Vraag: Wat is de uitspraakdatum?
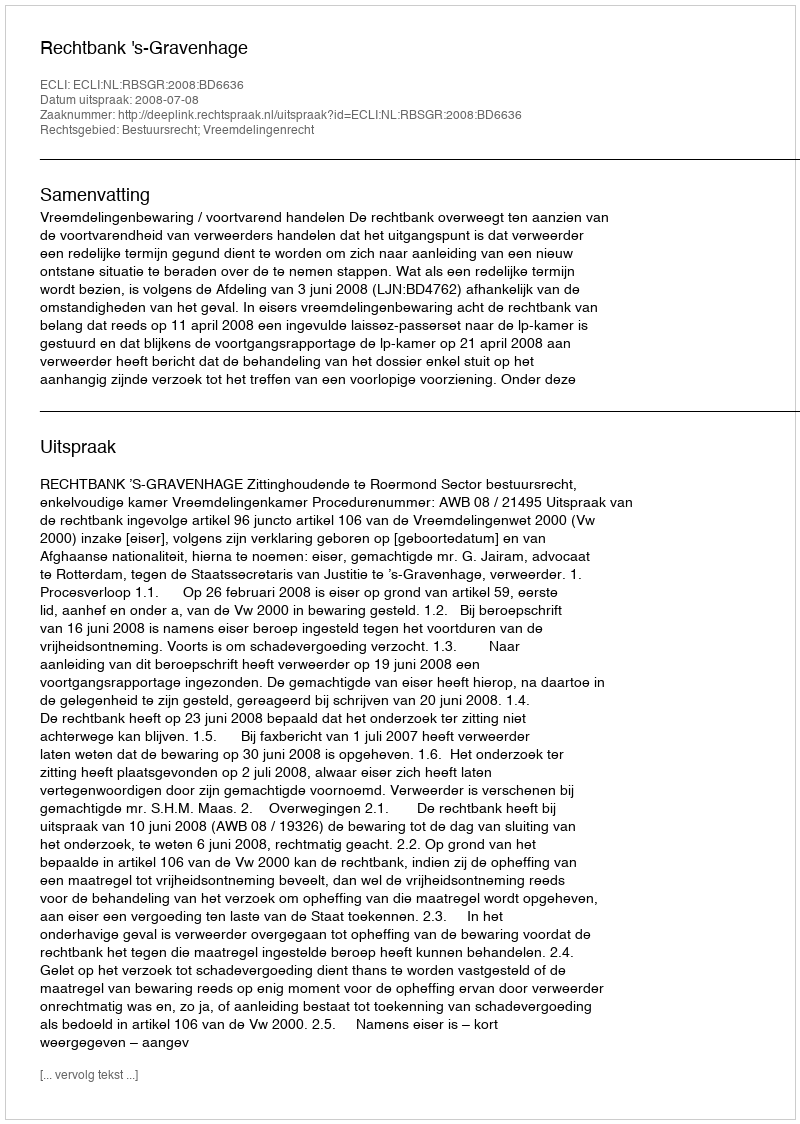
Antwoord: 2008-07-08